Development of the parasite of Indian kala azar - Number 53
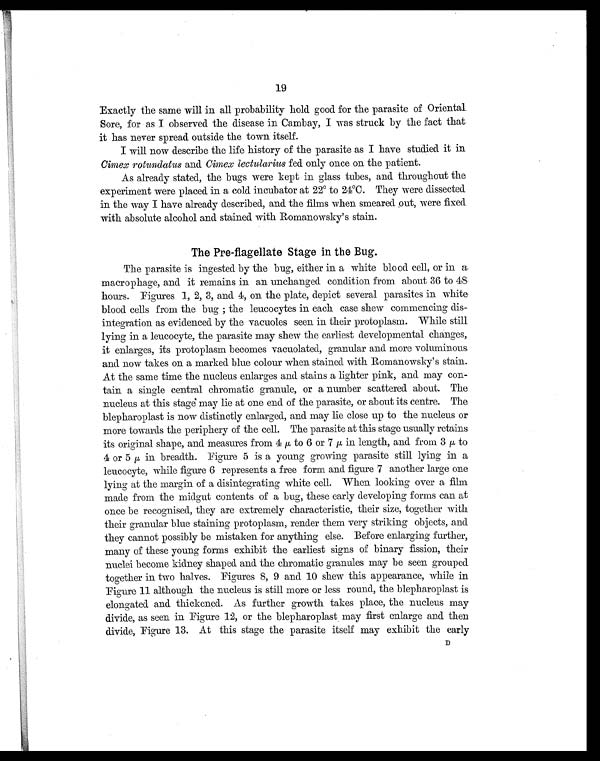
19
Exactly the same will in all probability hold good for the parasite of Oriental
Sore, for as I observed the disease in Cambay, I was struck by the fact that
it has never spread outside the town itself.
I will now describe the life history of the parasite as I have studied it in
Cimex rotundatus and Cimex lectularius fed only once on the patient.
As already stated, the bugs were kept in glass tubes, and throughout the
experiment were placed in a cold incubator at 22° to 24°C. They were dissected
in the way I have already described, and the films when smeared out, were fixed
with absolute alcohol and stained with Romanowsky's stain.
The Pre-flagellate Stage in the Bug.
The parasite is ingested by the bug, either in a white blood cell, or in a
macrophage, and it remains in an unchanged condition from about 36 to 48
hours. Figures 1, 2, 3, and 4, on the plate, depict several parasites in white
blood cells from the bug ; the leucocytes in each case shew commencing dis-
integration as evidenced by the vacuoles seen in their protoplasm. While still
lying in a leucocyte, the parasite may shew the earliest developmental changes,
it enlarges, its protoplasm becomes vacuolated, granular and more voluminous
and now takes on a marked blue colour when stained with Romanowsky's stain.
At the same time the nucleus enlarges and stains a lighter pink, and may con-
tain a single central chromatic granule, or a number scattered about. The
nucleus at this stage may lie at one end of the parasite, or about its centre. The
blepharoplast is now distinctly enlarged, and may lie close up to the nucleus or
more towards the periphery of the cell. The parasite at this stage usually retains
its original shape, and measures from 4 to 6 or 7 µ in length, and from 3 to
4 or 5 µ in breadth. Figure 5 is a young growing parasite still lying in a
leucocyte, while figure 6 represents a free form and figure 7 another large one
lying at the margin of a disintegrating white cell. When looking over a film
made from the midget contents of a bug, these early developing forms can at
once be recognised, they are extremely characteristic, their size, together with
their granular blue staining protoplasm, render them very striking objects, and
they cannot possibly be mistaken for anything else. Before enlarging further,
many of these young forms exhibit the earliest signs of binary fission, their
nuclei become kidney shaped and the chromatic granules may be seen grouped
together in two halves. Figures 8, 9 and 10 shew this appearance, while in
Figure 11 although the nucleus is still more or less round, the blepharoplast is
elongated and thickened. As further growth takes place, the nucleus may
divide, as seen in Figure 12, or the blepharoplast may first enlarge and then
divide, Figure 13. At this stage the parasite itself may exhibit the early